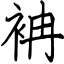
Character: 袡